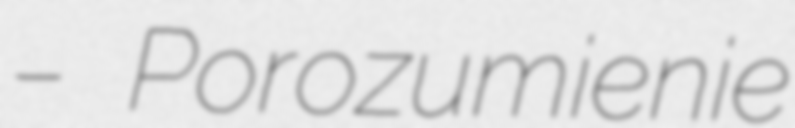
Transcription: – Porozumienie